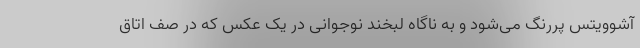
آشوویتس پررنگ می‌شود و به ناگاه لبخند نوجوانی در یک عکس که در صف اتاق